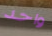
واحد